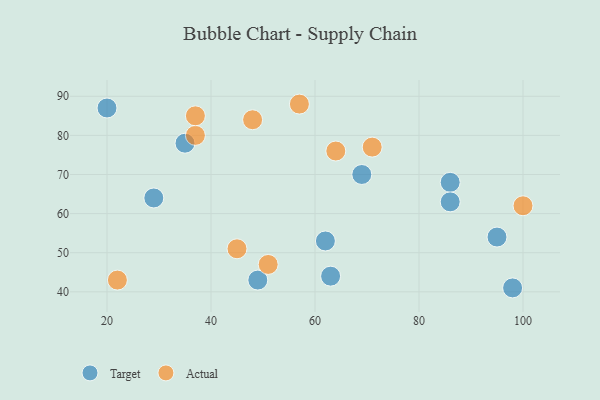
{"axis": {"x": "GDP", "y": "Life Expectancy"}, "legend": ["Actual", "Target"], "data": [{"x": "86", "y": 68, "type": "Target"}, {"x": "20", "y": 87, "type": "Target"}, {"x": "69", "y": 70, "type": "Target"}, {"x": "98", "y": 41, "type": "Target"}, {"x": "95", "y": 54, "type": "Target"}, {"x": "49", "y": 43, "type": "Target"}, {"x": "63", "y": 44, "type": "Target"}, {"x": "86", "y": 63, "type": "Target"}, {"x": "35", "y": 78, "type": "Target"}, {"x": "29", "y": 64, "type": "Target"}, {"x": "62", "y": 53, "type": "Target"}, {"x": "57", "y": 88, "type": "Actual"}, {"x": "100", "y": 62, "type": "Actual"}, {"x": "48", "y": 84, "type": "Actual"}, {"x": "64", "y": 76, "type": "Actual"}, {"x": "51", "y": 47, "type": "Actual"}, {"x": "37", "y": 80, "type": "Actual"}, {"x": "22", "y": 43, "type": "Actual"}, {"x": "71", "y": 77, "type": "Actual"}, {"x": "37", "y": 85, "type": "Actual"}, {"x": "45", "y": 51, "type": "Actual"}]}